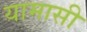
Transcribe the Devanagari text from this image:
यामासी